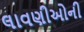
લાવણીઓની